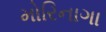
મોરિનાગા